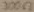
Text: 300Ω